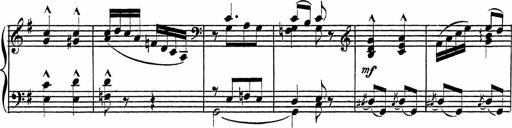
Title: Piano Sonatinas
Composer: Charles Fradel